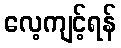
လေ့ကျင့်ရန်